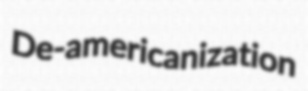
De-americanization